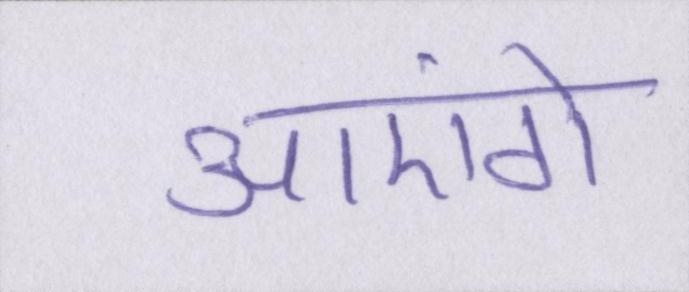
आएंगे